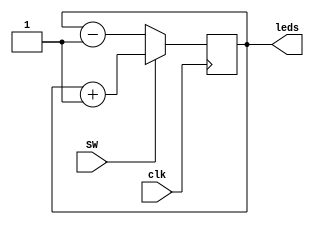

module counter(clk, SW, leds);

    input clk, SW;
    output[7:0] leds;
    reg[7:0] cnt;

    always@(posedge clk) begin
      if(SW)
        cnt <= cnt + 1;
      else
        cnt <= cnt - 1;
    end
    assign leds = cnt;

endmodule